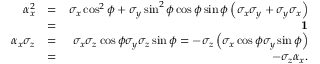
\begin{array} { r l r } { \alpha _ { x } ^ { 2 } } & { = } & { \sigma _ { x } \cos ^ { 2 } \phi + \sigma _ { y } \sin ^ { 2 } \phi \cos \phi \sin \phi \left( \sigma _ { x } \sigma _ { y } + \sigma _ { y } \sigma _ { x } \right) } \\ & { = } & { { \bf 1 } } \\ { \alpha _ { x } \sigma _ { z } } & { = } & { \sigma _ { x } \sigma _ { z } \cos \phi \sigma _ { y } \sigma _ { z } \sin \phi = - \sigma _ { z } \left( \sigma _ { x } \cos \phi \sigma _ { y } \sin \phi \right) } \\ & { = } & { - \sigma _ { z } \alpha _ { x } . } \end{array}